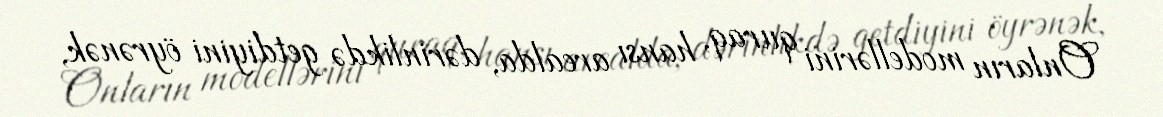
Onların modellərini quraq, hansı arealda, dərinlikdə getdiyini öyrənək,